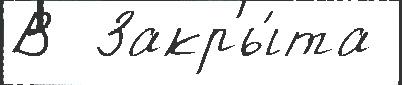
В  Закры́та